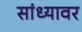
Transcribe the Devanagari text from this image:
सांध्यावर